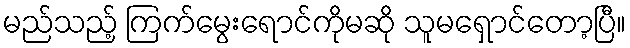
မည်သည့် ကြက်မွေးရောင်ကိုမဆို သူမရှောင်တော့ပြီ။